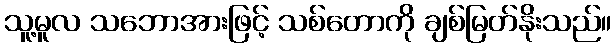
သူ့မူလ သဘောအားဖြင့် သစ်တောကို ချစ်မြတ်နိုးသည်။